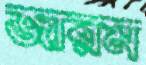
জারম